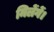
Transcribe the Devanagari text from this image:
मिलेंगें।